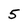
Character: 5